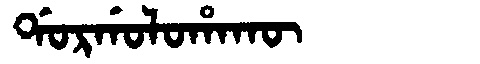
Manchu: ᡩᠣᡵᡤᠣᠯᠣᡥᠠᡴᡡ
Romanization: DORGOLOHAKŪ